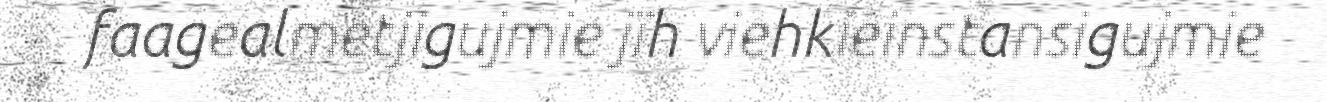
faagealmetjigujmie jïh viehkieinstansigujmie